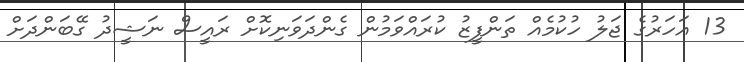
13 އަހަރުގެ ޖަލު ހުކުމެއް ތަންފީޒު ކުރައްވަމުން ގެންދަވަނިކޮށް ރައީސް ނަޝީދު ގޭބަންދަށް